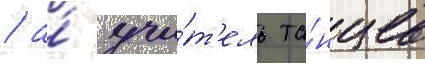
/ а́ учи́т'ель та́нцев